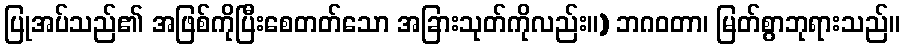
ပြုအပ်သည်၏ အဖြစ်ကိုပြီးစေတတ်သော အခြားသုတ်ကိုလည်း။) ဘဂဝတာ၊ မြတ်စွာဘုရားသည်။